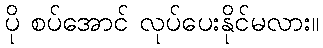
ပို စပ်အောင် လုပ်ပေးနိုင်မလား။